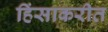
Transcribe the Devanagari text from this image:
हिंसाकरीत